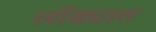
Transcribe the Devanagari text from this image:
लोंढ्यात